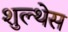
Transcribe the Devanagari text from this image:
शुल्थेस